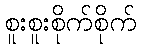
စူးစူးစိုက်စိုက်